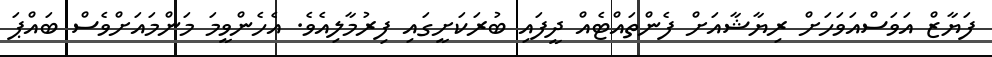
ފަޔާޒް އަވަސްއަވަހަށް ރިޔާޝާއަށް ފެންތައްޓެއް ދީފައި ބުރަކަށީގައި ފިރުމާލިއެވެ. އެހެންވީމަ މަންމައަށްވެސް ބައްޕަ